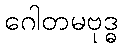
ဂေါတမဗုဒ္ဓ